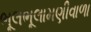
ભૂલભૂલામણીવાળા